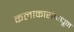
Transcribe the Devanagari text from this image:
कलाकारांमधून